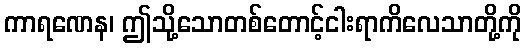
ကာရဏေန၊ ဤသို့သောတစ်တောင့်ငါးရာကိလေသာတို့ကို